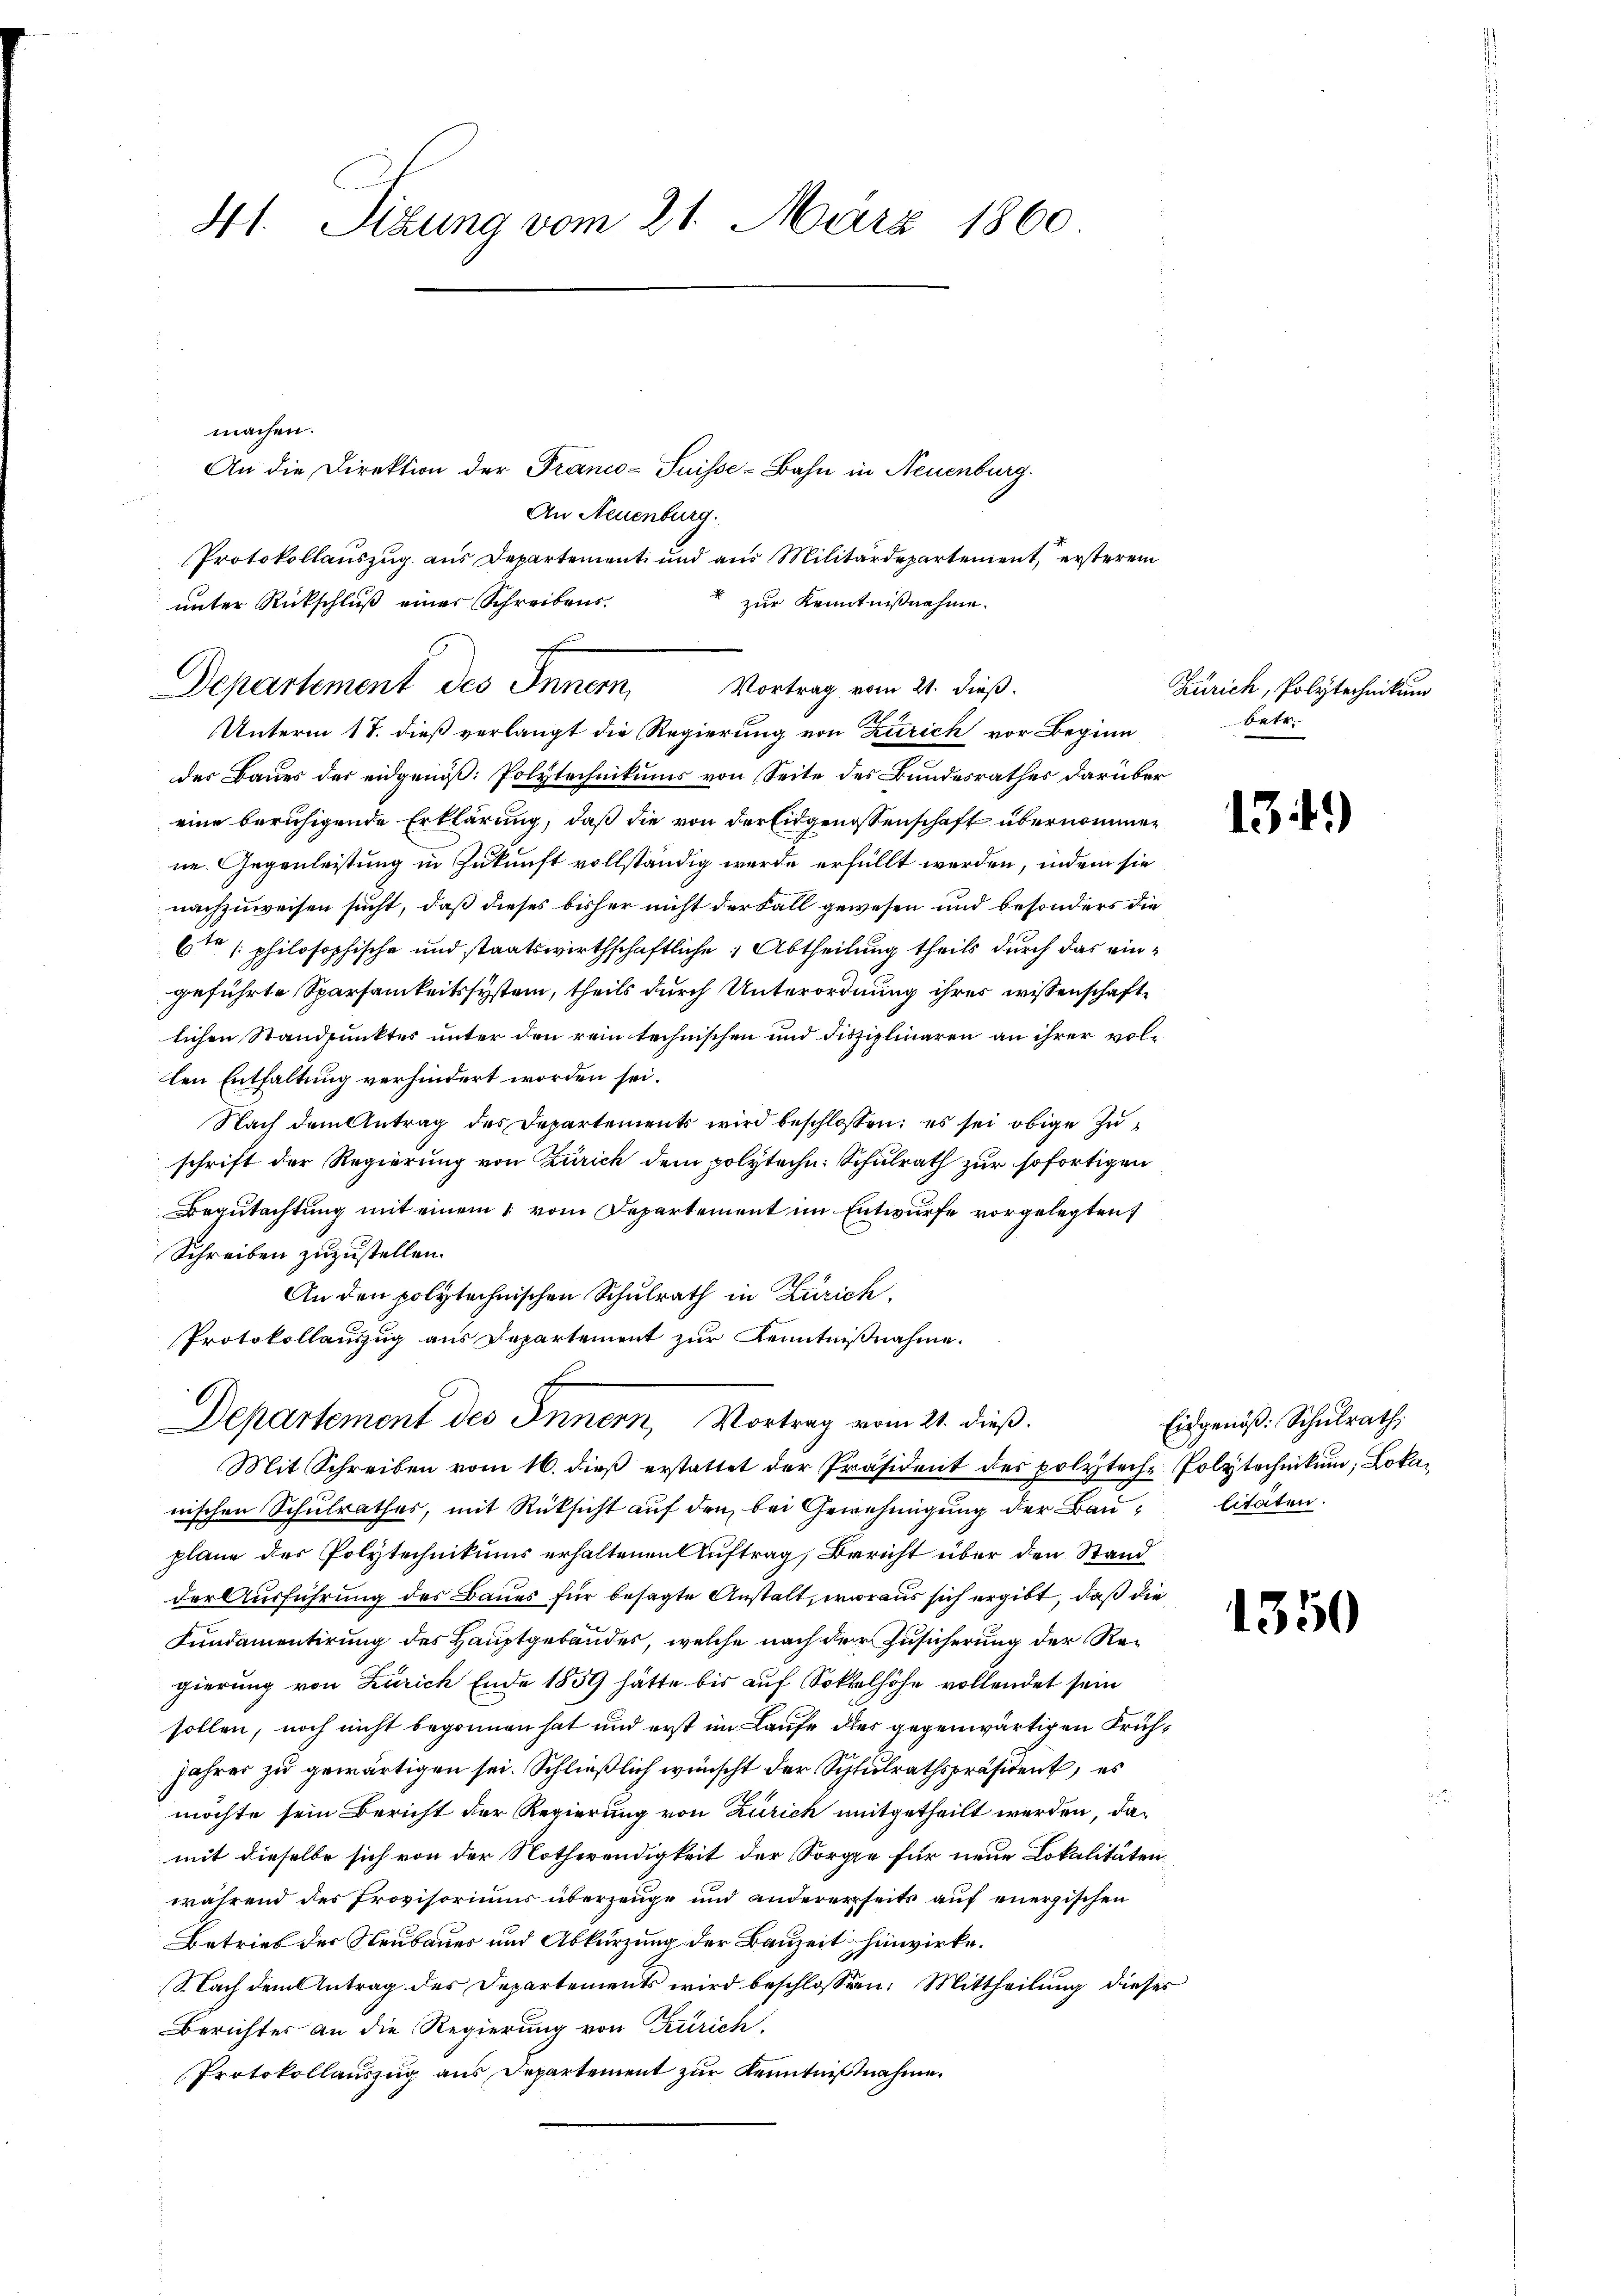
41. Sitzung vom 21. März 1860
machen.
An die Direktion der Franco-Suisse-Bahn in Neuenburg.

Protokollauszug aus Departement und aus Militärdepartement ersterem
Unterm 17. dieß verlangt die Regierung von Zürich vor Beginn
des Baues der eidgenöß: Polytechnikums von Seite des Bundesrathes darüber
eine beruhigende Erklärung, daß die von der Eidgenossenschaft übernommene Gegenleistung in Zukunft vollständig werde erfüllt werden, indem sie
nachzuweisen sucht, daß dieses bisher nicht der Fall gewesen und besonders die
6te philosophische und staatswirthschaftliche Abtheilung theils durch das eingeführte Sparsamkeitssystem, theils durch Unterordnung ihres wissenschafte
lichen Standpunktes unter den rein technischen und disziplinaren an ihrer vollen Entfaltung verhindert worden sei.
Nach dem Antrag des Departements wird beschlossen; es sei obige Zuschrift der Regierung von Zürich dem polytechn: Schulrath zur sofortigen
Begutachtung mit einem 1. vom Departement im Entwurfe vorgelegten
Schreiben zuzustellen.
An den polytechnischen Schulrath in Zürich,
Protokollauszug aus Departement zur Kenntnißnahme.

An Neuenburg.
unter Rückschluß einer Schreibens.
Departement des Inner,

zur Kenntnißnahme.
Vortrag vom 21. dieß.

Departement des Innern, Vortrag vom 21. dieß.

Mit Schreiben vom 16. dieß erstattet der Präsident des polyteche Polytechnikum, Lokanischen Schulrathes, mit Rücksicht auf den bei Genehmigung der Baulitäten.
plane der Polytechnikums erhaltenen Auftrag, Bericht über den Stand
der Ausführung des Baues für besagte Anstalt, woraus sich ergibt, daß die
Fundamentirung des Hauptgebäudes, welche nach der Zusicherung der Regierung von Zürich Ende 1859 hätte bis auf Soktelhöhe vollendet sein
sollen, noch nicht begonnen hat und erst im Laufe dies gegenwärtigen Frühjahres zu gewärtigen sei. Schließlich wünscht der Schulrathspräsident, es
möchte sein Bericht der Regierung von Zürich mitgetheilt werden, damit dieselbe sich von der Nothwendigkeit der Sorge für neue Lokalitäten
während des Provisoriums überzeuge und andererseits auf energischen
Betrieb der Neubauer und Abkürzung der Bauzeit hinwirke.
Nach dem Antrag des Departements wird beschlossen: Mittheilung dieses
Berichtes an die Regierung von Zürich
Protokollauszug aus Departement zur Kenntnißnahme.

Zürich, Polytechnikum
betr.

134)

Eidgenöß: Schulrath,

1350